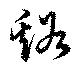
谿